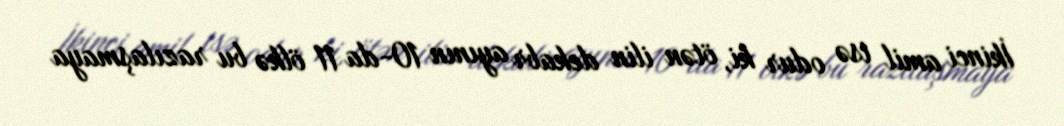
İkinci amil isə odur ki, ötən ilin dekabr ayının 10-da 11 ölkə bu razılaşmaya